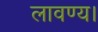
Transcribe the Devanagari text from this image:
लावण्य।